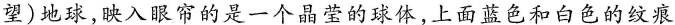
望)地球，映入眼帘的是一个晶莹的球体，上面蓝色和白色的纹痕